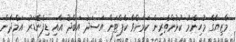
މާޒިޔާގެ މުހިންމު ކުޅުންތެރިން ކަމަށްވާ ކެޕްޓަން އަސަދު އަބްދު އާއި ޑިފެންޑަރު އަމްދާން